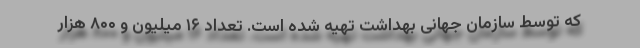
که توسط سازمان جهانی بهداشت تهیه شده است. تعداد ۱۶ میلیون و ۸۰۰ هزار